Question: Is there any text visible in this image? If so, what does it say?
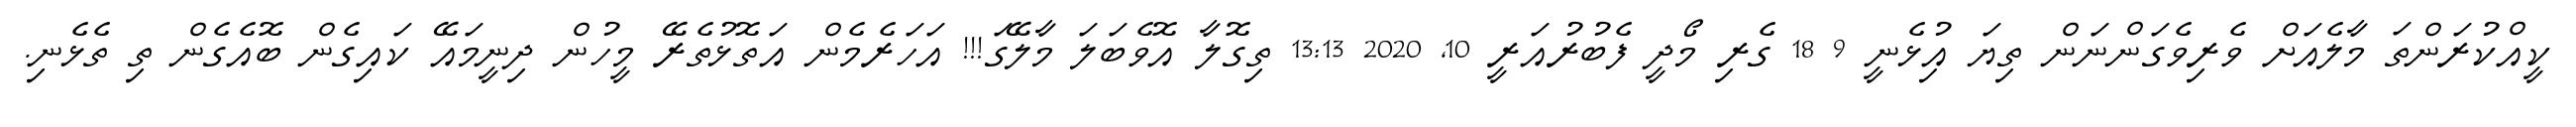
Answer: ކީއްކުރަންތަ މާލެއަށް ވެރިވެގަންނަން ތިޔަ އިުޅެނީ 9 18 ގެރި މޯދީ ފެބުރުއަރީ 10, 2020 13:13 ތިގޮލާ އޮވެބަލަ މާލޭގަ!!! އަހަރެމެން އަތޮޅުތެރޭ މީހުން ދިނީމައޭ ކައިގެން ބޮއެގެން ތި ތެޅެނި.